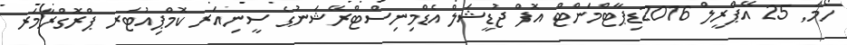
ހޯމަ